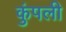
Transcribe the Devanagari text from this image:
कुंपली